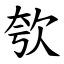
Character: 㰭